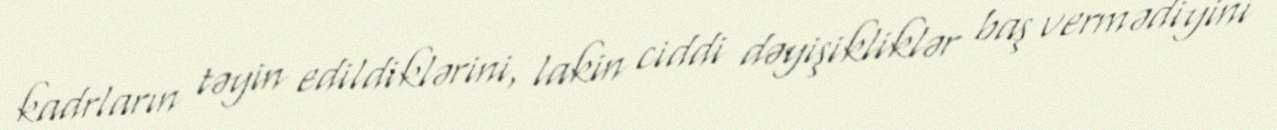
kadrların təyin edildiklərini, lakin ciddi dəyişikliklər baş vermədiyini